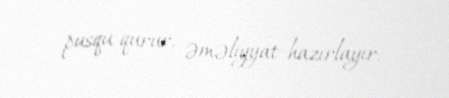
pusqu qurur, əməliyyat hazırlayır.